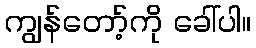
ကျွန်တော့်ကို ခေါ်ပါ။